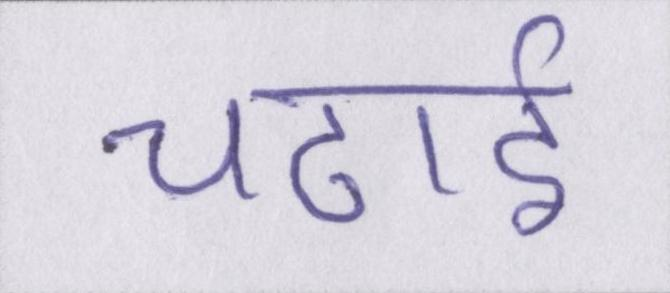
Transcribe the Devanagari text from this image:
चढाई